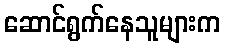
ဆောင်ရွက်နေသူများက